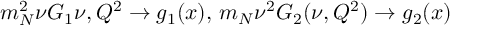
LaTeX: m _ { N } ^ { 2 } \nu G _ { 1 } { \nu , Q ^ { 2 } } \rightarrow g _ { 1 } ( x ) , \, m _ { N } \nu ^ { 2 } G _ { 2 } ( \nu , Q ^ { 2 } ) \rightarrow g _ { 2 } ( x )